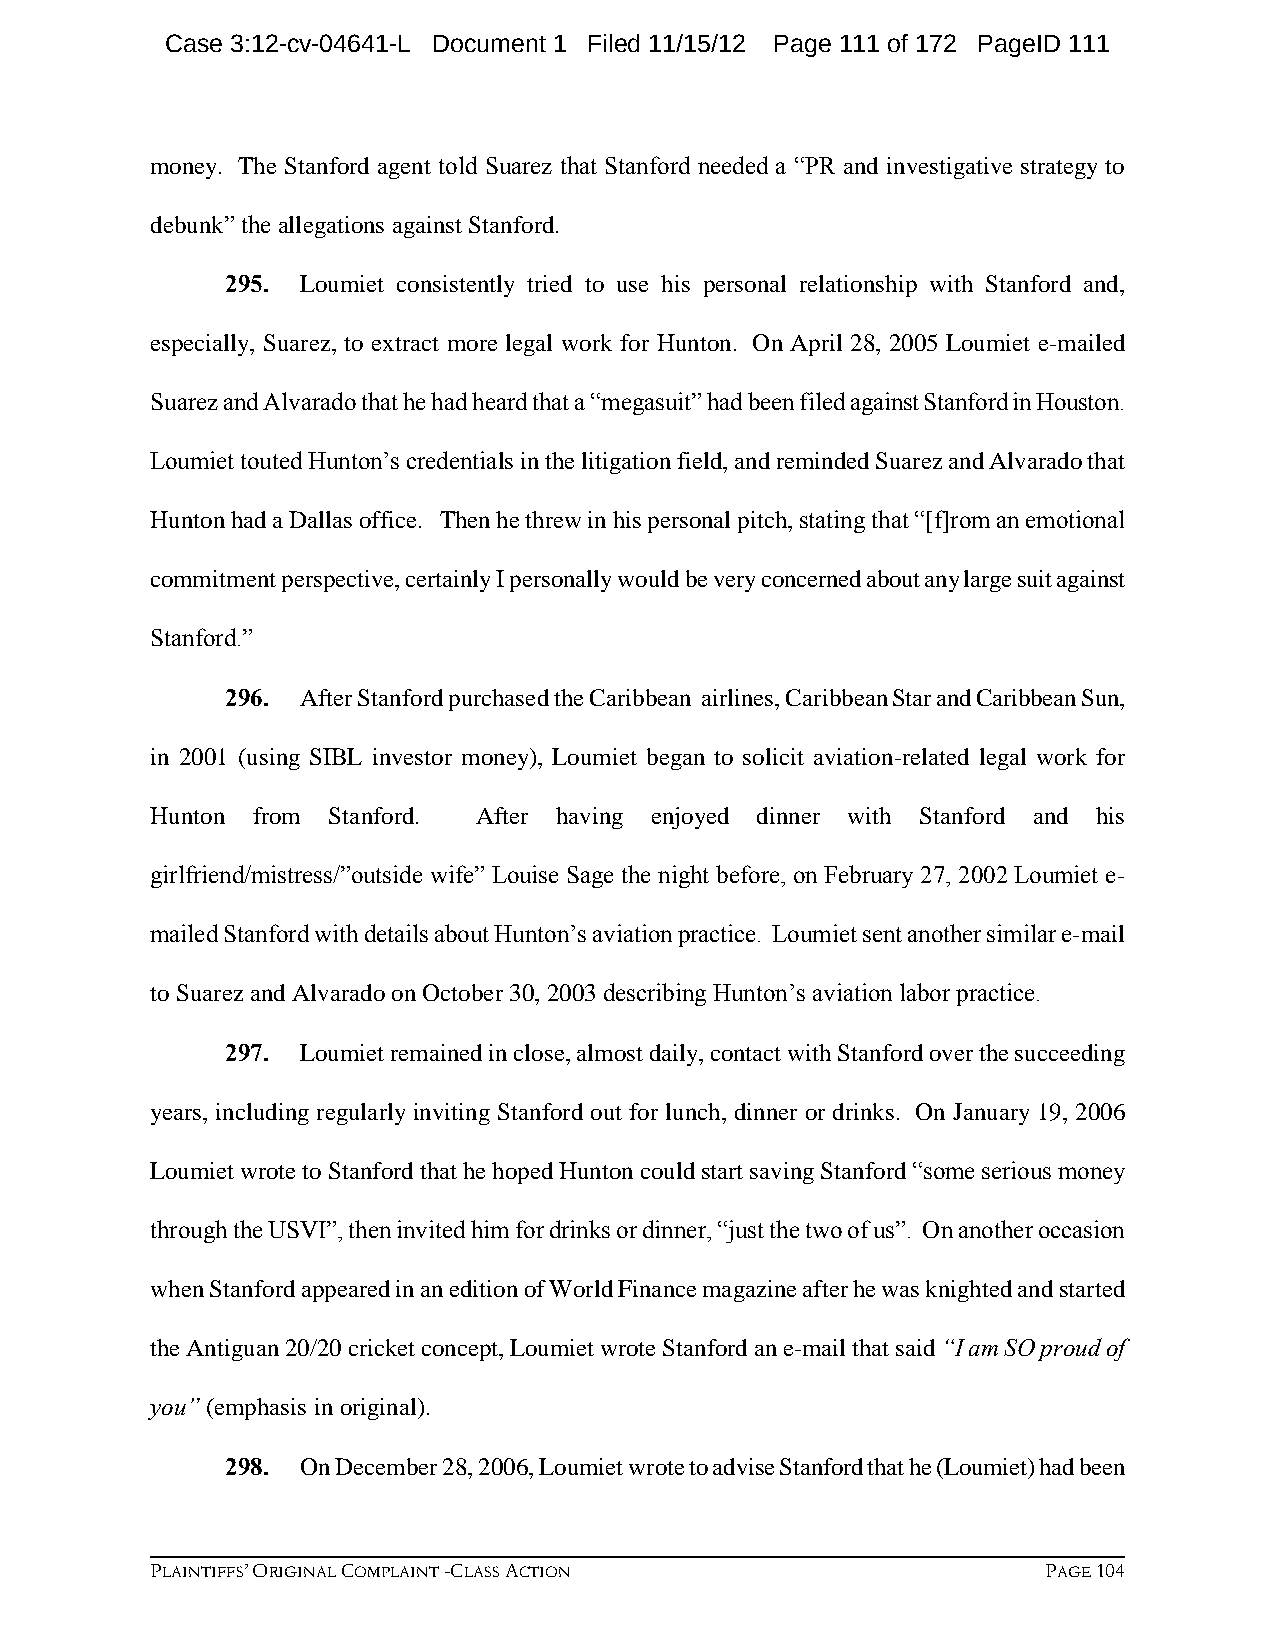
Case 3:12-cv-04641-L Document 1 Filed 11/15/12 Page 111 of 172 PageID 111
 money. The Stanford agent told Suarez that Stanford needed a “PR and investigative strategy to
 debunk” the allegations against Stanford.
 295. Loumiet consistently tried to use his personal relationship with Stanford and,
 especially, Suarez, to extract more legal work for Hunton. On April 28, 2005 Loumiet e-mailed
 Suarez and Alvarado that he had heard that a “megasuit” had been filed against Stanford in Houston.
 Loumiet touted Hunton’s credentials in the litigation field, and reminded Suarez and Alvarado that
 Hunton had a Dallas office. Then he threw in his personal pitch, stating that “[f]rom an emotional
 commitment perspective, certainly I personally would be very concerned about any large suit against
 Stanford.”
 296. After Stanford purchased the Caribbean airlines, Caribbean Star and Caribbean Sun,
 in 2001 (using SIBL investor money), Loumiet began to solicit aviation-related legal work for
 Hunton from Stanford. After having enjoyed dinner with Stanford and his
 girlfriend/mistress/”outside wife” Louise Sage the night before, on February 27, 2002 Loumiet e-
 mailed Stanford with details about Hunton’s aviation practice. Loumiet sent another similar e-mail
 to Suarez and Alvarado on October 30, 2003 describing Hunton’s aviation labor practice.
 297. Loumiet remained in close, almost daily, contact with Stanford over the succeeding
 years, including regularly inviting Stanford out for lunch, dinner or drinks. On January 19, 2006
 Loumiet wrote to Stanford that he hoped Hunton could start saving Stanford “some serious money
 through the USVI”, then invited him for drinks or dinner, “just the two of us”. On another occasion
 when Stanford appeared in an edition of World Finance magazine after he was knighted and started
 the Antiguan 20/20 cricket concept, Loumiet wrote Stanford an e-mail that said “I am SO proud of
 you” (emphasis in original).
 298. On December 28, 2006, Loumiet wrote to advise Stanford that he (Loumiet) had been
 PLAINTIFFS’ ORIGINAL COMPLAINT -CLASS ACTION               PAGE 104